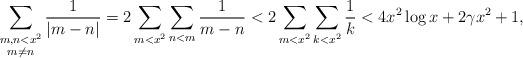
LaTeX: \begin{align*} \sum_{\substack{m,n<x^2 \\ m\neq n}} \frac{1}{|m-n|} = 2\sum_{m<x^2} \sum_{n<m} \frac{1}{m-n} &< 2\sum_{m<x^2} \sum_{k<x^2} \frac{1}{k} < 4x^2\log x + 2\gamma x^2 + 1,\end{align*}